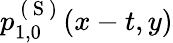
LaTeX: p_{1,0}^{\mathrm{~(~S~)~}}(x-t,y)